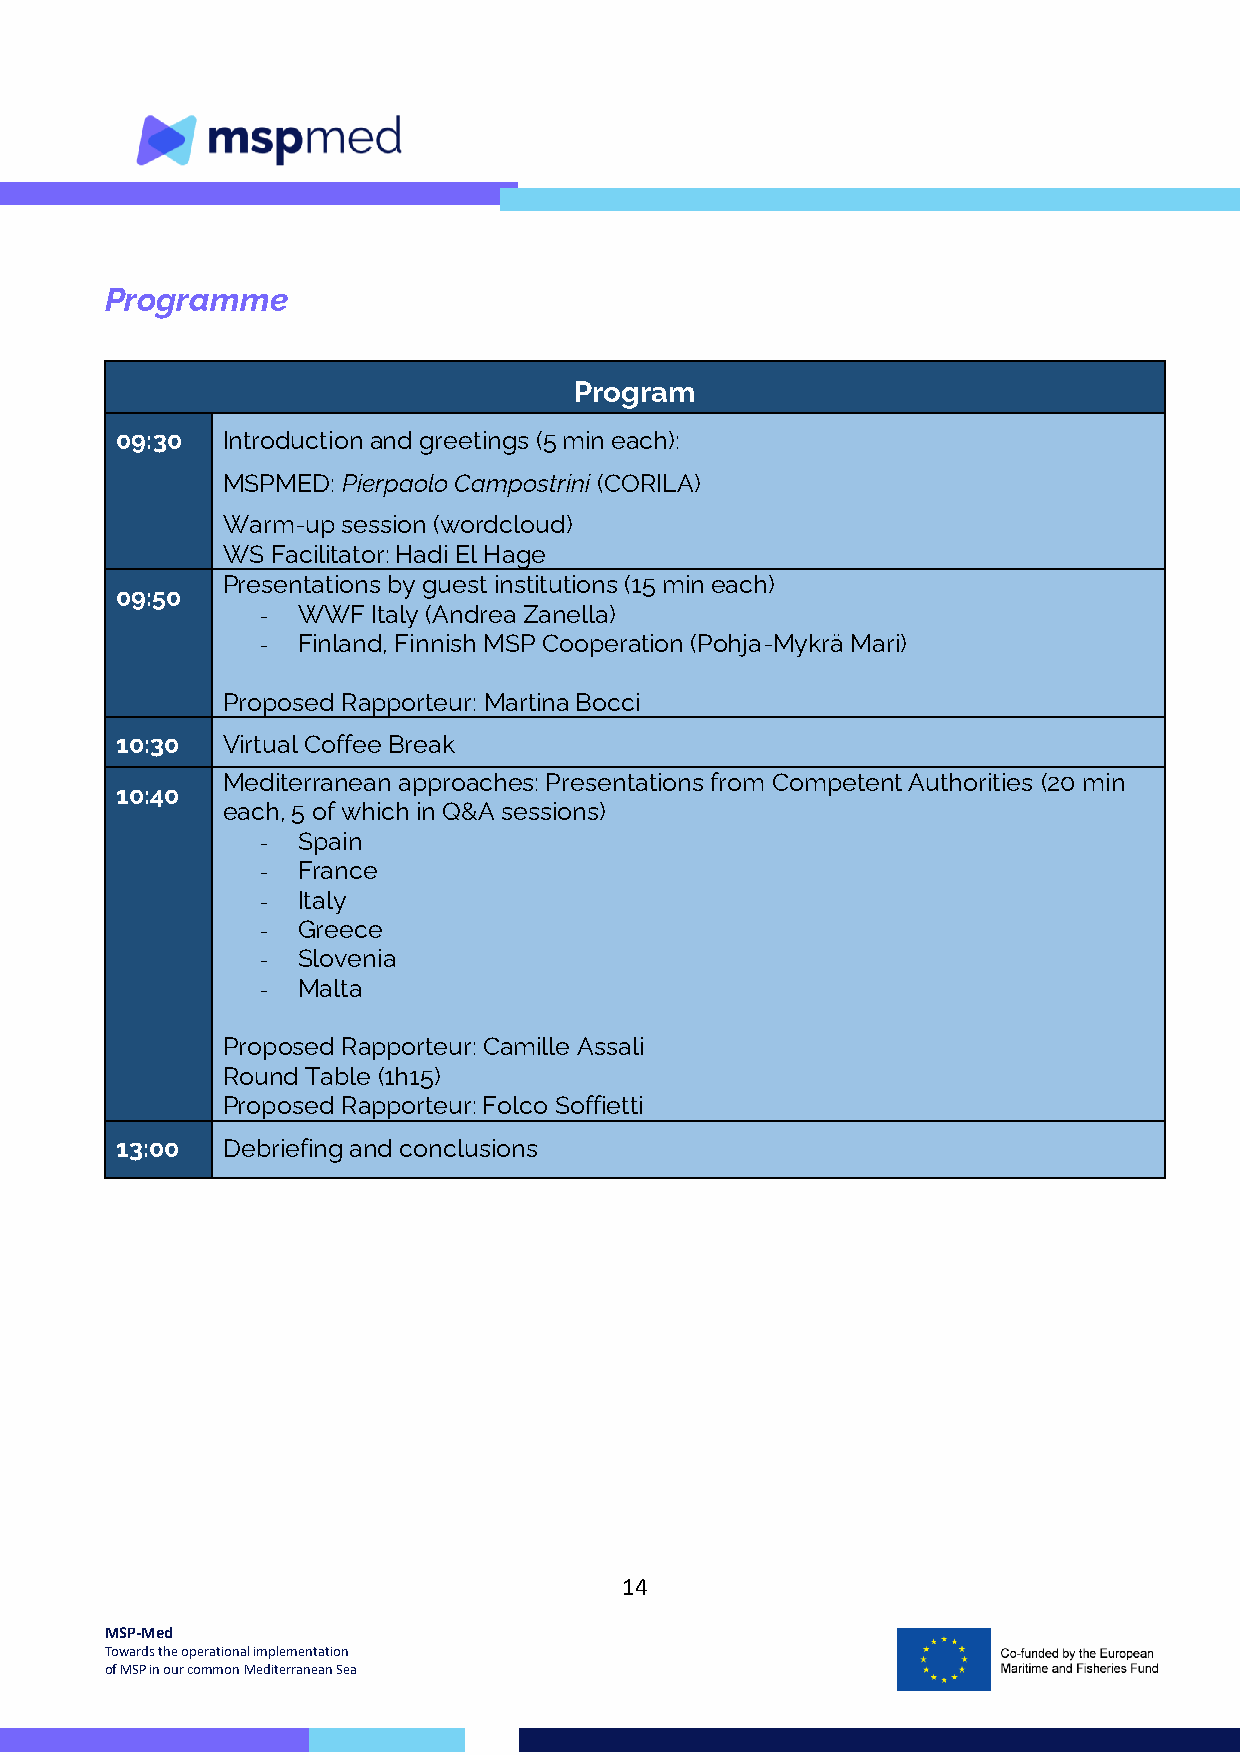
Programme
 Program
 09:30  Introduction and greetings (5 min each):
 MSPMED: Pierpaolo Campostrini (CORILA)
 Warm-up session (wordcloud)
 WS Facilitator: Hadi El Hage
 Presentations by guest institutions (15 min each)
 09:50
 -  WWF  Italy (Andrea Zanella)
 -  Finland, Finnish MSP Cooperation (Pohja-Mykrä Mari)
 Proposed Rapporteur: Martina Bocci
 10:30  Virtual Coffee Break
 Mediterranean approaches: Presentations from Competent Authorities (20 min
 10:40
 each, 5 of which in Q&A sessions)
 -  Spain
 -  France
 -  Italy
 -  Greece
 -  Slovenia
 -  Malta
 Proposed Rapporteur: Camille Assali
 Round Table (1h15)
 Proposed Rapporteur: Folco Soffietti
 13:00  Debriefing and conclusions
 14
 MSP-Med
 Towards the operational implementation
 of MSP in our common Mediterranean Sea